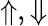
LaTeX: {\Uparrow,\Downarrow}